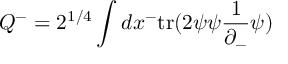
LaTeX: Q ^ { - } = 2 ^ { 1 / 4 } \int d x ^ { - } \mathrm { t r } ( 2 \psi \psi \frac { 1 } { \partial _ { - } } \psi )